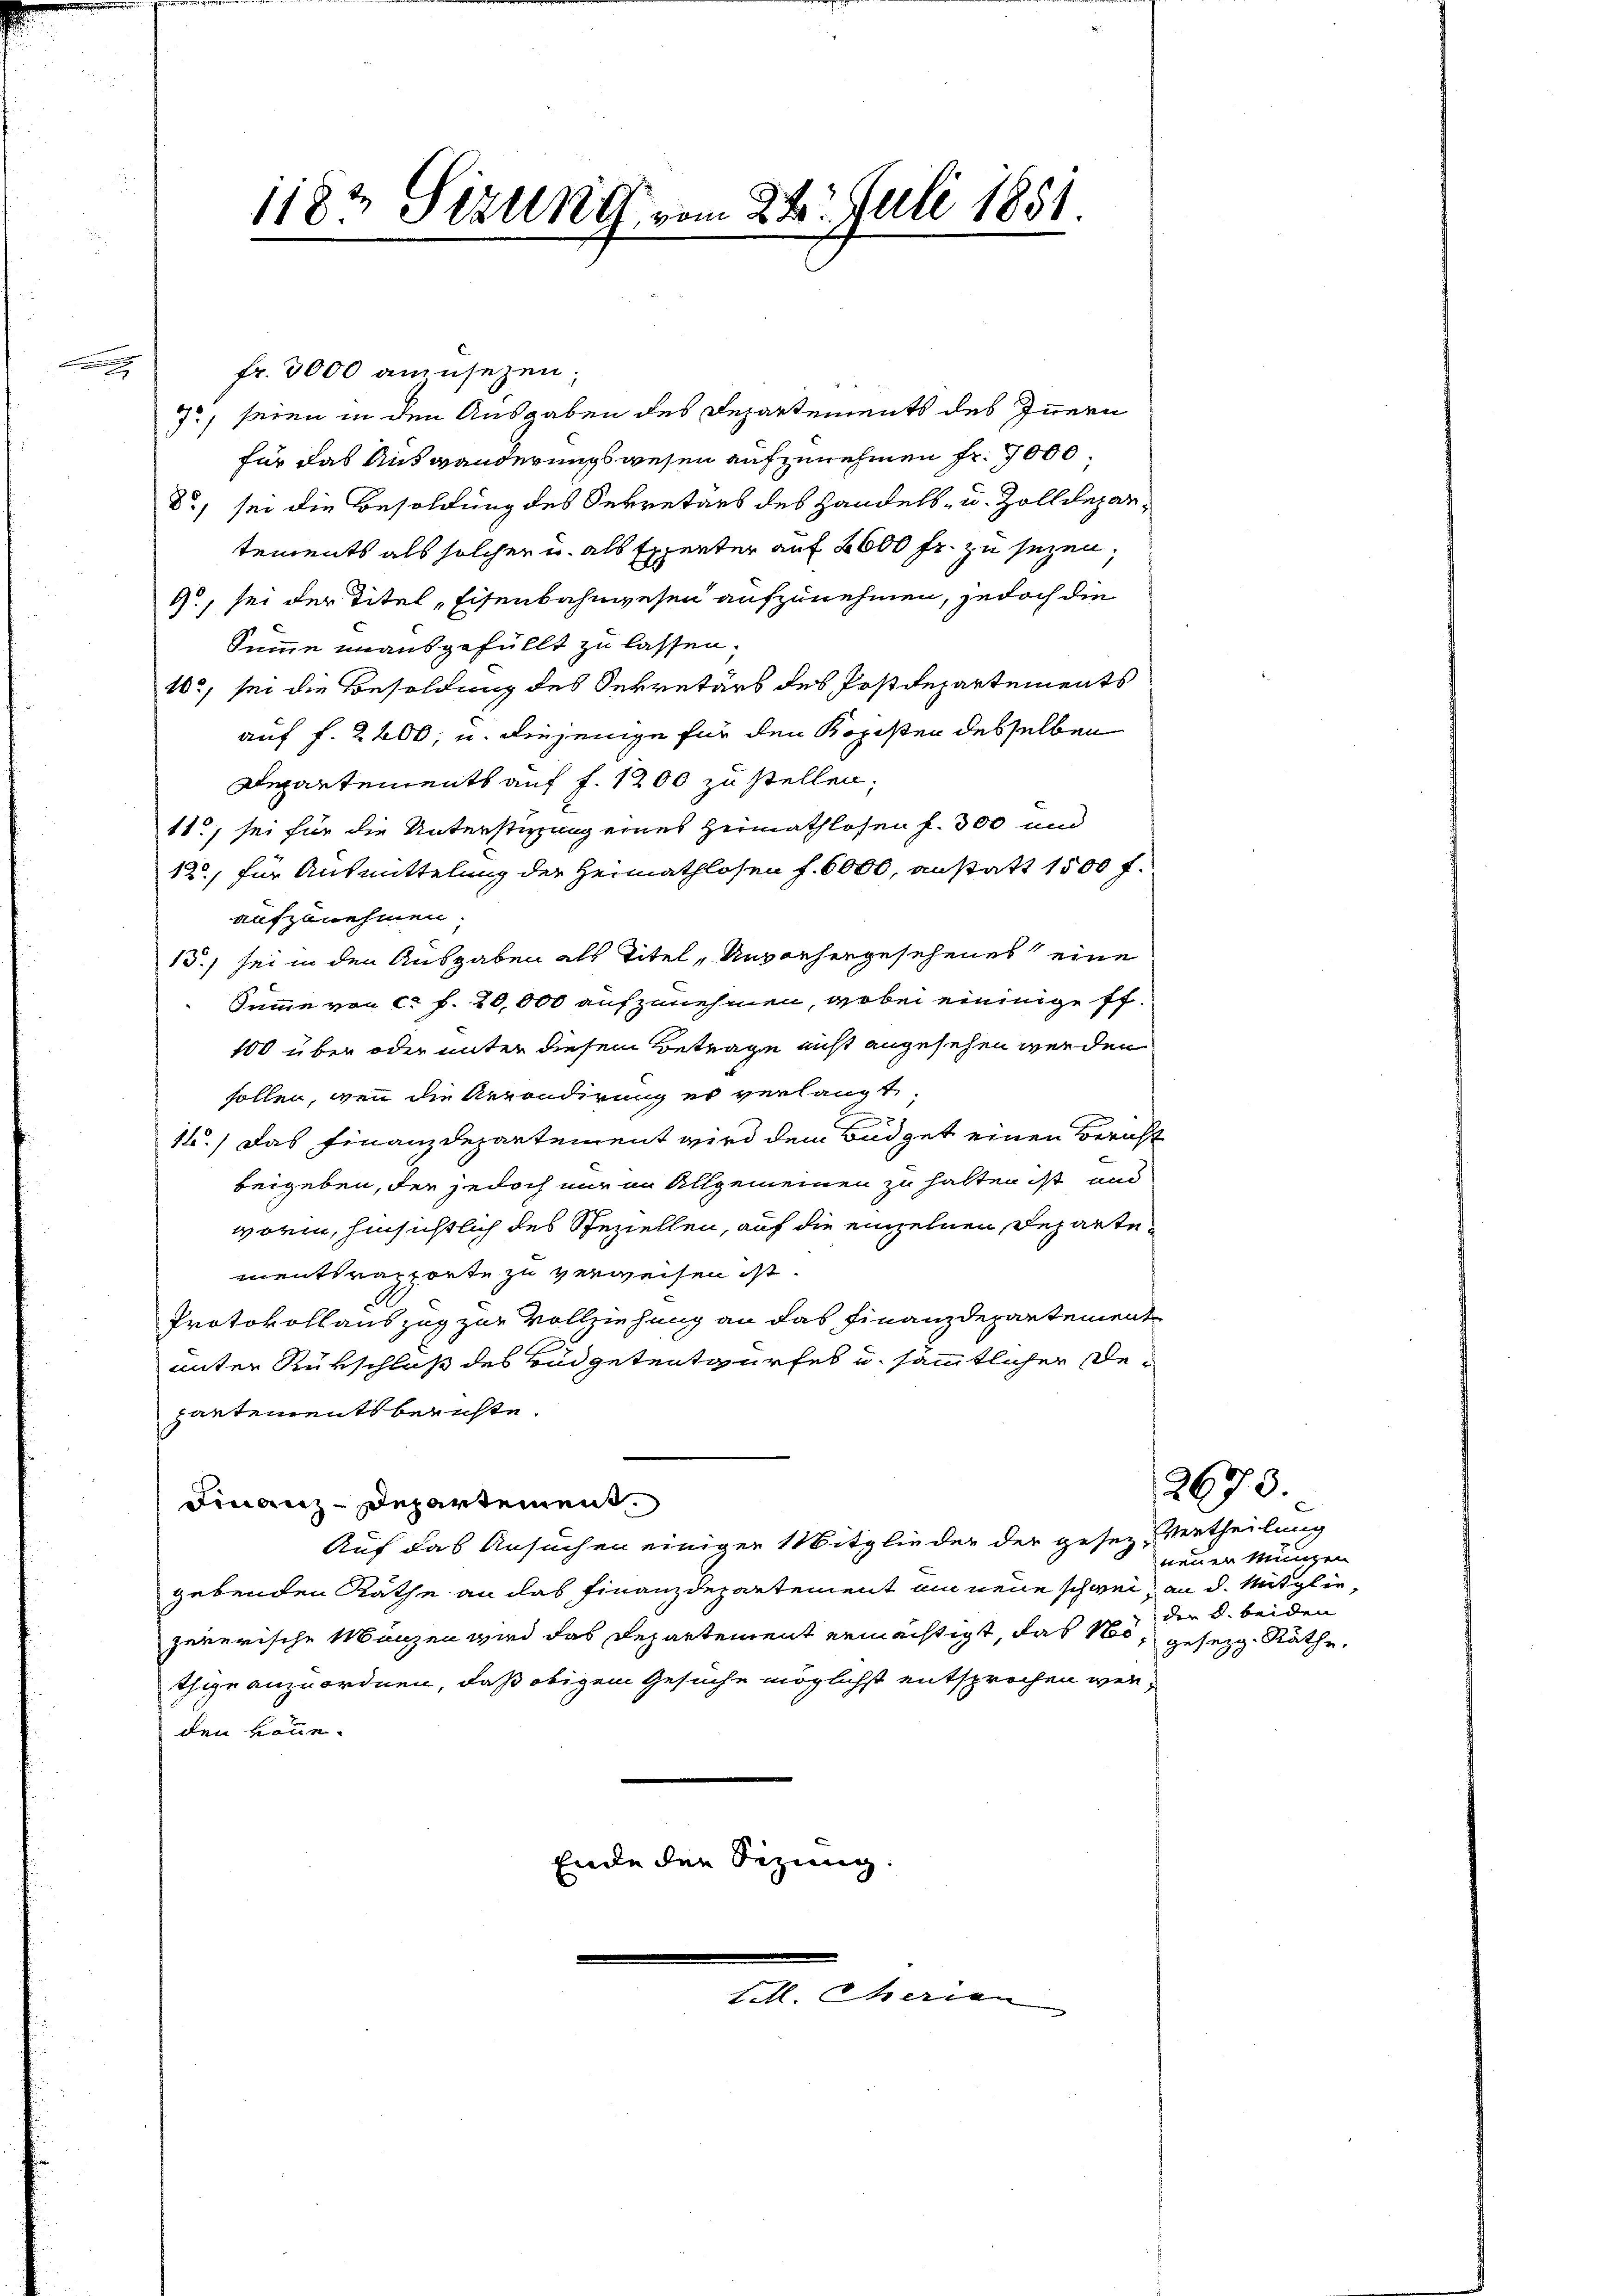
B

1182 Sizung vom 22. Juli 1851.

fr. 3000 aninsezen.
7, seien in den Ausgaben des Departements des Innern
für das Auswanderungswesen aufzunehmen fr. 7000
8) sei die Besoldung des Sekretärs des Handels- u. Zolldepartements als solchen u. als Experter auf 2600 fr. zu sezen,
4., sei der Titel, Eisenbahnwesen aufzunehmen, jedoch die
Summe unausgefüllt zu lassen.
10, sei die Besoldung des Sekretärs des Postdepartements
auf f. 2200, u. diejenige für den Kopisten desselben
Departements auf f. 1200 zu stellen,
11, sei für die Unterstimmung eines Heimathlosen f. 300 und
12., für Ausmittelung der Heimathlosen f. 6000. anstatt 1500 f.
aufzunehmen.
15.) sei in den Ausgaben als Titel, Unvorhergesehenes eine
Summe von ca f. 20,000 aufzunehmen, wobei eininige ff.
100 über oder unter diesem Betrage nicht angesehen werden
sollen, wenn die Arrondirung es verlangt.

12.) Das Finanzdepartement wird dem Büdget einen Bericht
beigeben, der jedoch nur in Allgemeinen zu halten ist und
worin, hinsichtlich des Speziellen, auf die einzelnen Departementsrapporte zu verweisen ist.
Protokollauszug zur Vollziehung an das Finanzdepartement
unter Rükschluß des Büdgetentwurfes u. sämmtlichen Departements beruhte.
Finanz-Departement.
Auf das Ansuchen einiger Mitglieder der gesez-Vertheilung
gebenden Räthe an das Finanzdepartement an neue schwei, an d. Mitgliezererische Manzen wird das Departement ermächtigt, das Nos, gesezg. Räthe,
ihge anzuordnen, daß obigem Gesuche möglichst entsprochen werden könne.
Ende der Sezung

erien

2678.

neuen Münzen
der u. beiden